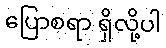
ပြောစရာ ရှိလို့ပါ